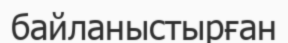
байланыстырған